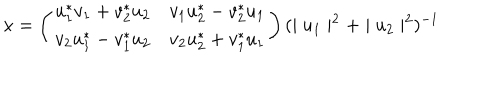
x = \left( \begin{array} { c c } { { u _ { 1 } ^ { \ast } v _ { 1 } + v _ { 2 } ^ { \ast } u _ { 2 } } } & { { v _ { 1 } u _ { 2 } ^ { \ast } - v _ { 2 } ^ { \ast } u _ { 1 } } } \\ { { v _ { 2 } u _ { 1 } ^ { \ast } - v _ { 1 } ^ { \ast } u _ { 2 } } } & { { v _ { 2 } u _ { 2 } ^ { \ast } + v _ { 1 } ^ { \ast } u _ { 1 } } } \\ \end{array} \right) ( \mid u _ { 1 } \mid ^ { 2 } + \mid u _ { 2 } \mid ^ { 2 } ) ^ { - 1 }